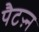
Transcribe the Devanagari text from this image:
पैटऱ्न